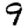
Digit: 9